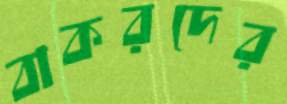
বাকরদের